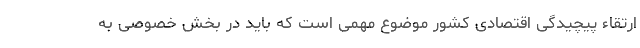
ارتقاء پیچیدگی اقتصادی کشور موضوع مهمی است که باید در بخش خصوصی به